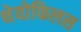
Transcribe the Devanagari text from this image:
थेयोफिलस